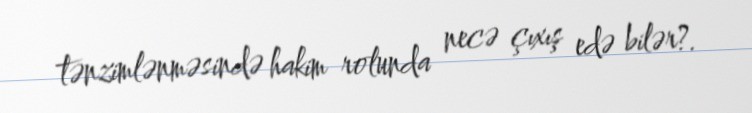
tənzimlənməsində hakim rolunda necə çıxış edə bilər?.